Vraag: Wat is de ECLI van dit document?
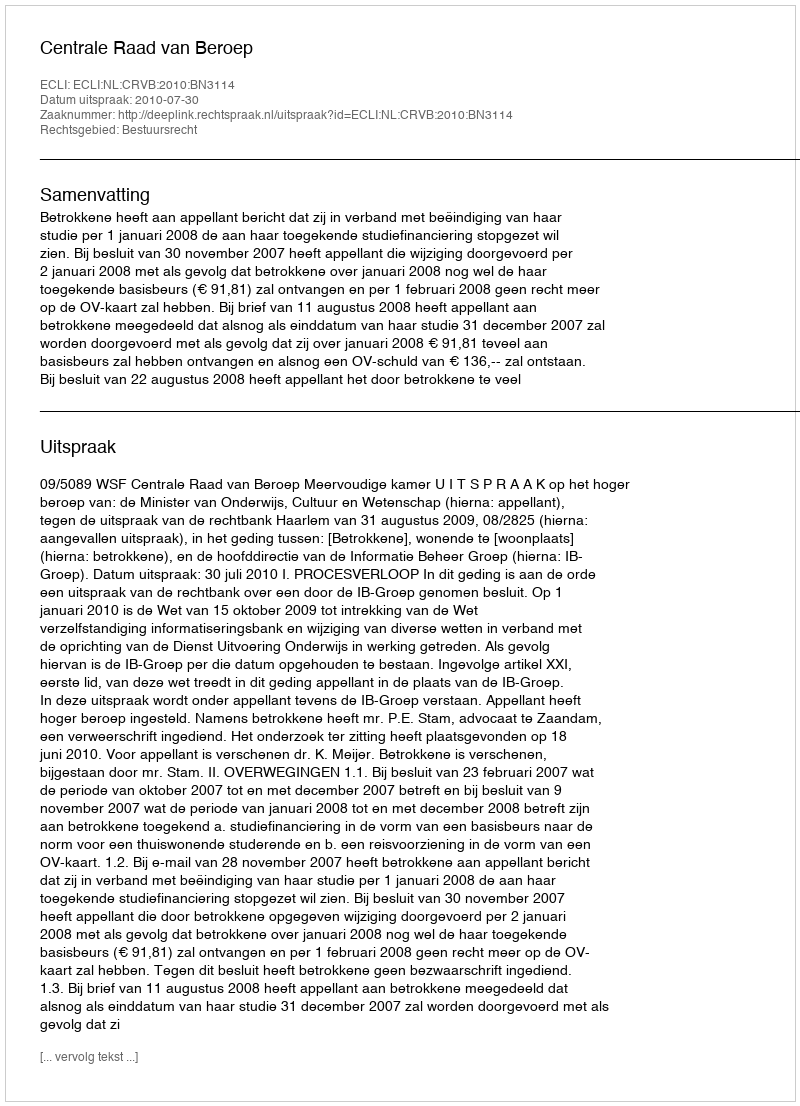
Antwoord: ECLI:NL:CRVB:2010:BN3114